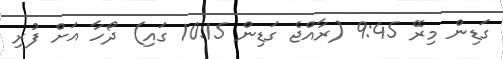
ގަޑިން މިރޭ 9:45 (ރާއްޖެ ގަޑިން 10:15 ގައި) ދޯހާ އަށް ފުރި